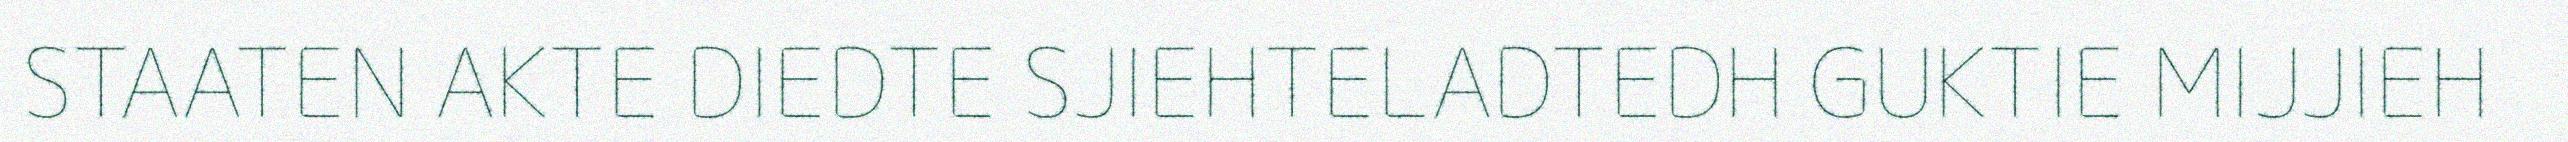
STAATEN AKTE DIEDTE SJIEHTELADTEDH GUKTIE MIJJIEH